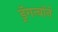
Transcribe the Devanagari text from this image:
ड्रॅगन्बॉर्न